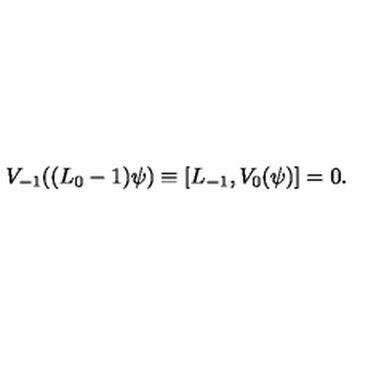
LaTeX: V _ { - 1 } ( ( L _ { 0 } - 1 ) \psi ) \equiv [ L _ { - 1 } , V _ { 0 } ( \psi ) ] = 0 .